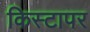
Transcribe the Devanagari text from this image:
किस्टापर